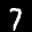
Digit: 7